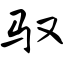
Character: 驭